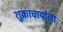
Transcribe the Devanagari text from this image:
शुक्राचार्याला